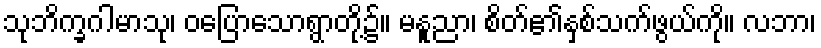
သုဘိက္ခဂါမာသု၊ ဝပြောသောရွာတို့၌။ မနူညာ၊ စိတ်၏နှစ်သက်ဖွယ်ကို။ လဘာ၊